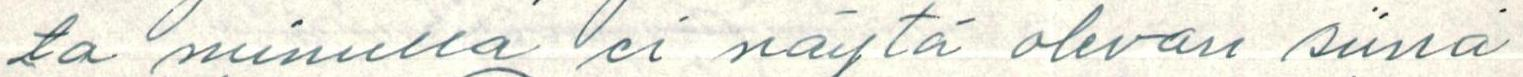
ta minulla ei näytä olevan siinä